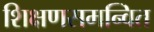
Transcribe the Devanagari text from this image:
शिक्षणसमन्वित